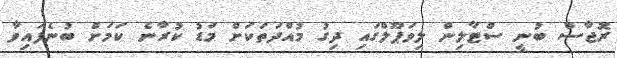
ރޮޖާސް ބުނީ ސްޓާލިން ލިވަޕޫލްގައި ދިގު މުއްދަތަކަށް މަޑު ކުރާނެ ކަމަށް ބުނެފައިވާ